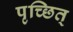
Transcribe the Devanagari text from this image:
पृच्छित्